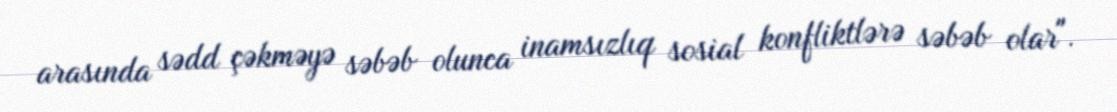
arasında sədd çəkməyə səbəb olunca inamsızlıq sosial konfliktlərə səbəb olar".